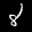
Label: 8